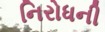
નિરોધની